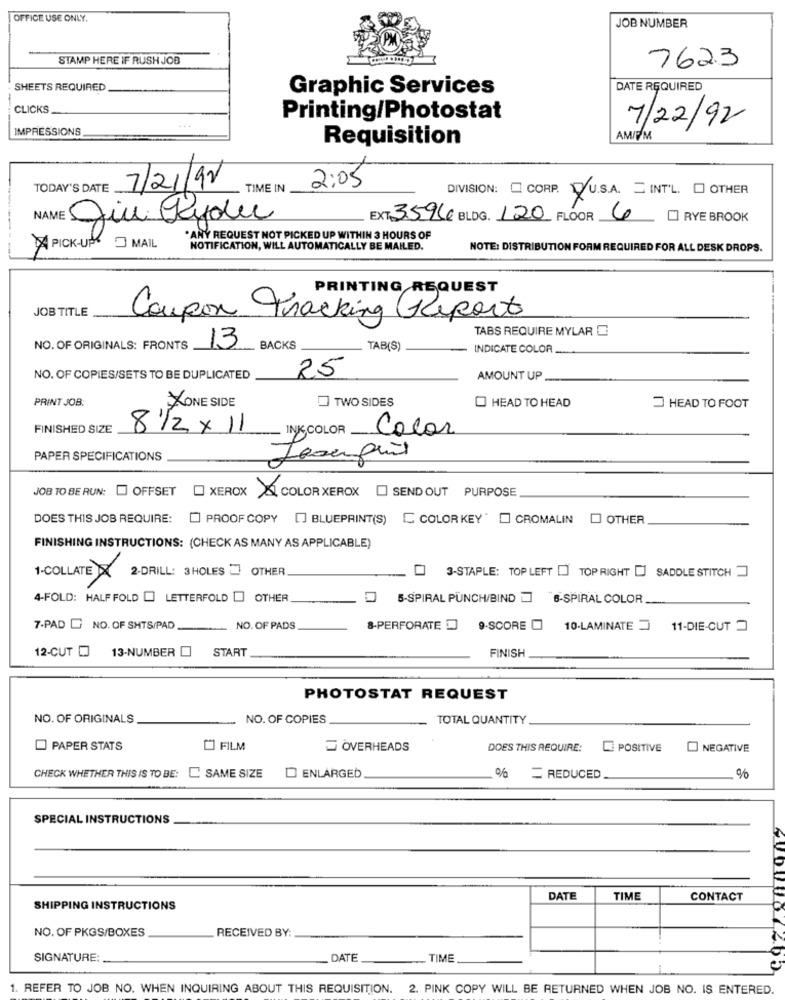
OFFICE USE ONLY.
JOB NUMBER
STAMP HERE IF RUSH JOB
7623
SHEETS REQUIRED
Graphic Services
DATE REQUIRED
CLICKS
Printing/Photostat
7/22/92
IMPRESSIONS
Requisition
AM/FM
7/21/12
TODAY'S DATE
- TIME IN
2:05
DIVISION: CORP. DU.S.A. INT'L. O OTHER
giù Rydu
EXT 35966 BLDG. 120 FLOOR 6
RYE BROOK
MAIL
. ANY REQUEST NOT PICKED UP WITHIN 3 HOURS OF
PICK-UP
NOTIFICATION, WILL AUTOMATICALLY BE MAILED.
NOTE: DISTRIBUTION FORM REQUIRED FOR ALL DESK DROPS.
PRINTING REQUEST
JOB TITLE
Coupon Tracking Report
TABS REQUIRE MYLAR C
NO. OF ORIGINALS: FRONTS
13
BACKS
TAB(S)
INDICATE COLOR
25
NO. OF COPIES/SETS TO BE DUPLICATED
AMOUNT UP
PRINT JOB:
TWO SIDES
O HEAD TO HEAD
ONE SIDE
HEAD TO FOOT
FINISHED SIZE
8/2 x11
INKSCOLOR Color
PAPER SPECIFICATIONS
JOB TO BE RUN: OFFSET
XEROX & COLOR XEROX
SEND OUT PURPOSE
DOES THIS JOB REQUIRE:
PROOF COPY
[] BLUEPRINT(S) [ COLOR KEY" O CROMALIN
O OTHER
FINISHING INSTRUCTIONS: (CHECK AS MANY AS APPLICABLE)
2-DRILL: 3HOLES = OTHER
3-STAPLE: TOP LEFT [ TOP RIGHT [
SADDLE STITCH
1-COLLATE×
4-FOLD: HALF FOLD [ LETTERFOLD [ OTHER
5-SPIRAL PUNCH/BIND 6-SPIRAL COLOR
7-PAD [ NO. OF SHTS/PAD
NO. OF PADS
8-PERFORATED
9-SCORE O
10-LAMINATE 11-DIE-CUT
START
FINISH
12-CUT [ 13-NUMBER
PHOTOSTAT REQUEST
NO. OF ORIGINALS
NO. OF COPIES
TOTAL QUANTITY
PAPER STATS
FILM
OVERHEADS
DOES THIS REQUIRE:
POSITIVE
NEGATIVE
CHECK WHETHER THIS IS TO BE: C SAME SIZE
D ENLARGED
%
REDUCED
%
SPECIAL INSTRUCTIONS
DATE
TIME
CONTACT
SHIPPING INSTRUCTIONS
NO. OF PKGS/BOXES
RECEIVED BY:
SIGNATURE:
_ DATE
... TIME
1. REFER TO JOB NO. WHEN INQUIRING ABOUT THIS REQUISITION. 2. PINK COPY WILL BE RETURNED WHEN JOB NO. IS ENTERED.